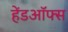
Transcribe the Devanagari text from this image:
हेंडऑफ्स